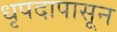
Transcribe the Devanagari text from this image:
धृपदापासून